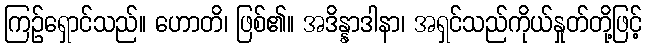
ကြဉ်ရှောင်သည်။ ဟောတိ၊ ဖြစ်၏။ အဒိန္နာဒါနာ၊ အရှင်သည်ကိုယ်နှုတ်တို့ဖြင့်